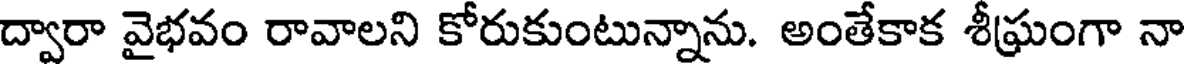
ద్వారా వైభవం రావాలని కోరుకుంటున్నాను. అంతేకాక శీఘ్రంగా నా